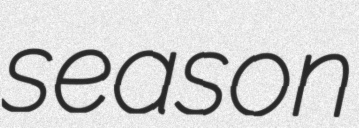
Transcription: season